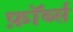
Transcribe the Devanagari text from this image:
फ़ॉर्ब्स